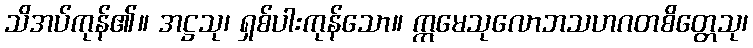
သိအပ်ကုန်၏။ အဋ္ဌသု၊ ရှစ်ပါးကုန်သော။ ဣမေသုလောဘသဟဂတစိတ္တေသု၊